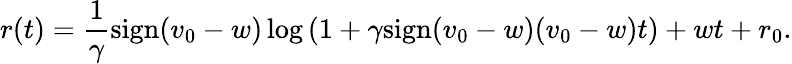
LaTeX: r(t)=\frac{1}{\gamma}\mathrm{sign}(v_{0}-w)\log\left(1+\gamma\mathrm{sign}(v_{0}-w)(v_{0}-w)t\right)+wt+r_{0}.